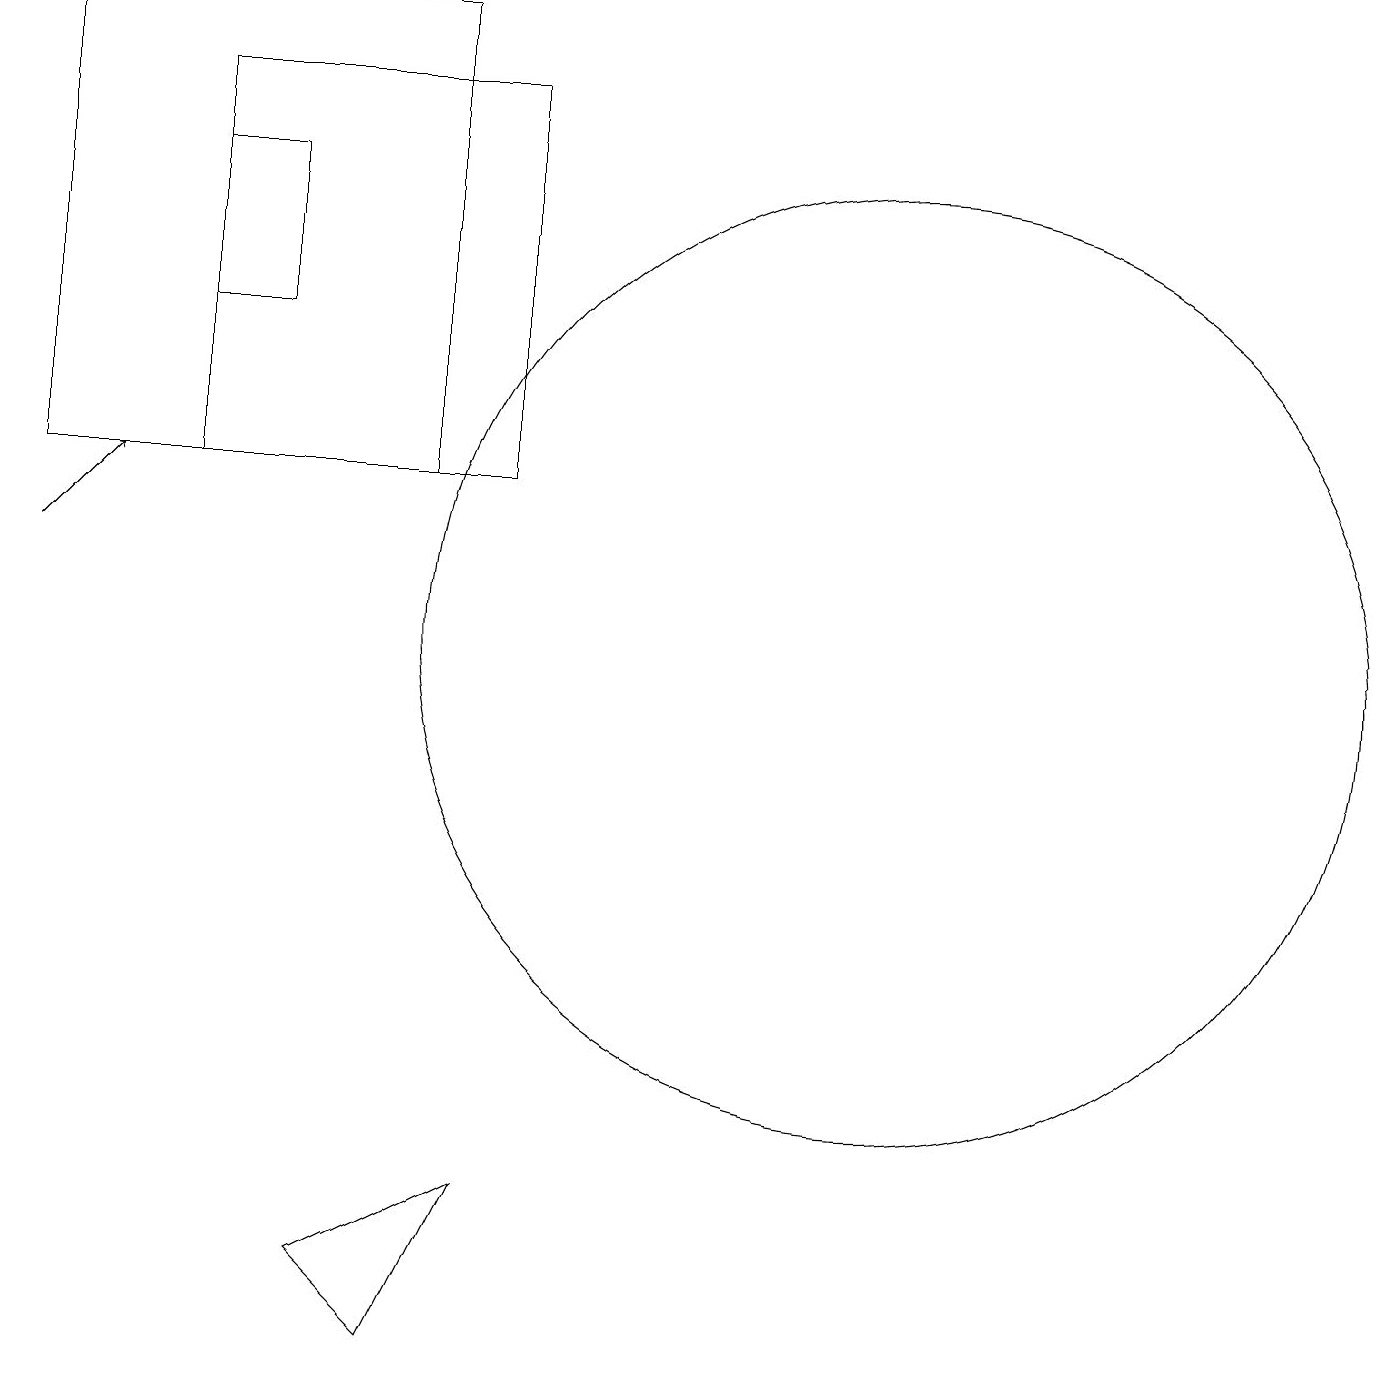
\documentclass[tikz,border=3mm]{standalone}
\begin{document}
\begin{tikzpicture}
\draw (11,10) circle (6);
\draw (2,16) rectangle (3,14);
\draw (2,17) rectangle (6,12);
\draw (11,10) circle (0);
\draw (5,12) rectangle (0,18);
\draw[->] (0,11) -- (1,12);
\draw (5,1) -- (6,3) -- (4,2) -- cycle;
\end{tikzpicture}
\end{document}